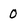
Character: 0